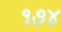
૧૭૪